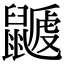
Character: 𪕽